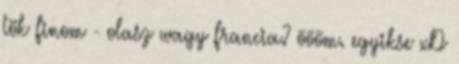
tök finom - olasz wagy francia? őőőm. egyikse xD